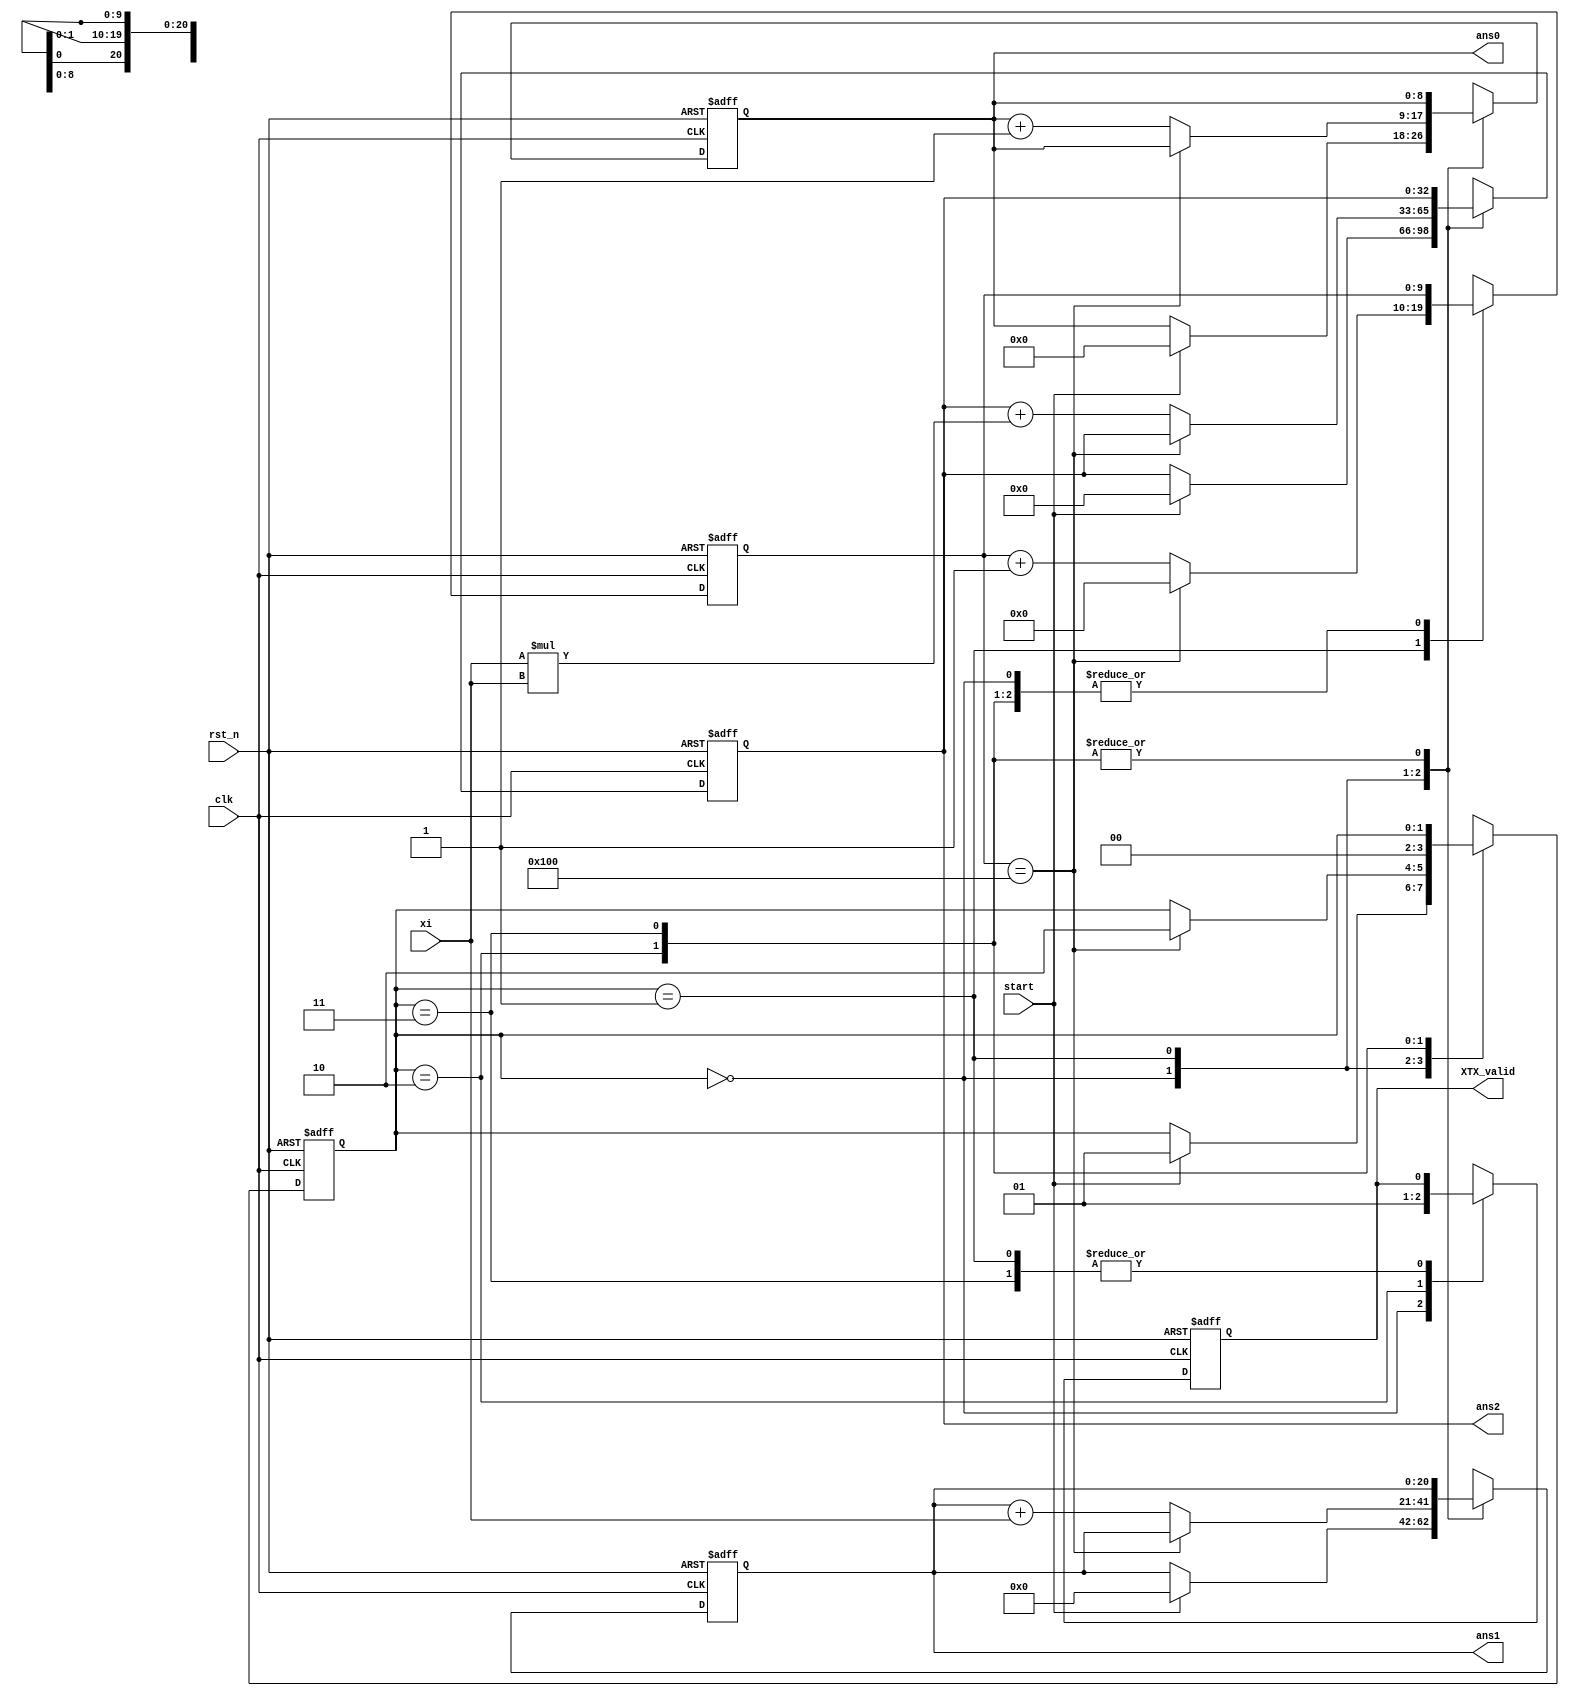
module XTX(
    input         clk,
    input         rst_n, 
    input         start,
    input  [11:0] xi, //8, 4
    output        XTX_valid, 
    output [8:0]  ans0, // 9, 0
    output [20:0] ans1, // 17, 4
    output [32:0] ans2  // 25, 8
    // output [43:0] ans3,
    // output [55:0] ans4
    // output reg [31:0] bx2,
    // output reg [31:0] bx3,
    // output reg [31:0] bx4
);
localparam N = 256;
localparam IDLE = 2'd0;
localparam IN = 2'd1;
localparam OUT = 2'd2;

// ================== reg and wire ======================
reg [8:0]  out0_r, out0_w; // 9, 0
reg [20:0] out1_r, out1_w; // 17, 4;
reg [32:0] out2_r, out2_w; // 25, 8;
reg [9:0]  count_r, count_w;
reg [1:0]  state_r, state_w;
reg        valid_r, valid_w;
// reg [12:0] out3_r, out3_w;
// reg [12:0] out4_r, out4_w;
// ================== wire assignments ==================
assign ans0 = out0_r;
assign ans1 = out1_r;
assign ans2 = out2_r;
assign XTX_valid = valid_r;
// assign ans3 = out3_r;
// assign ans4 = out4_r;
// ================== Combinational =====================
always @(*) begin
    //inx_w = i*i;
    //counter_w = counter_r+1;
    //if(counter_r > 0) begin
    out0_w = out0_r;
    out1_w = out1_r;
    out2_w = out2_r;
    state_w = state_r;
    count_w = count_r;
    valid_w = valid_r;
    case (state_r)
        IDLE: begin
            valid_w = 1'b0;
            if (start) begin
                state_w = IN;
                out0_w = 0;
                out1_w = 0;
                out2_w = 0;
            end
        end

        IN: begin
            if (count_r == N) begin
                state_w = OUT;
                count_w = 0;
            end
            else begin
                out0_w = out0_r + 1;
                out1_w = out1_r + xi;
                out2_w = out2_r + (xi * xi);
                count_w = count_r + 1'b1;
                // out3_w = out3_r+(xi*xi*xi); 
                // out4_w = out4_r+(xi*xi*xi*xi);  
            end
        end

        OUT: begin
            valid_w = 1'b1;
            state_w = IDLE;
        end
        2'd3: begin
            valid_w = valid_r;
            state_w = state_r;
        end
    endcase
end
// ================== Sequential ========================
always @(posedge clk or negedge rst_n) begin
    if(!rst_n) begin
        out0_r <= 0;
        out1_r <= 0;
        out2_r <= 0;
        count_r <= 0;
        state_r <= IDLE;
        valid_r <= 1'b0;
        // out3_r <= 0;
        // out4_r <= 0;

    end
    else begin
        out0_r <= out0_w;
        out1_r <= out1_w;
        out2_r <= out2_w;
        count_r <= count_w;
        state_r <= state_w;
        valid_r <= valid_w;
        // out3_r <= out3_w;
        // out4_r <= out4_w;
    end
end
endmodule

module XTY (
    input         clk,
    input         rst_n, 
    input         start,
    input  [11:0]  xi, // 8, 4
    // input  [16:0]  xi2,
    input  [11:0]  yi, // 8, 4
    output         XTY_valid, 
    output [32:0]  out1, // 25, 8
    output [32:0]  out2  // 25, 8
    // output [32:0]  out3
);

localparam N = 256;
localparam IDLE = 2'd0;
localparam IN = 2'd1;
localparam OUT = 2'd2;

// ================== reg and wire ======================
reg [32:0] out1_r, out1_w;
reg [32:0] out2_r, out2_w;
reg [9:0]  count_r, count_w;
reg [1:0]  state_r, state_w;
reg        valid_r, valid_w;
// reg [32:0] out3_r, out3_w;
// integer i;
// ================== wire assignments ==================
assign out1 = out1_r;
assign out2 = out2_r;
assign XTY_valid = valid_r;
// assign out3 = out3_r;
// ================== Combinational =====================
always @(*) begin
    out1_w = out1_r;
    out2_w = out2_r;
    count_w = count_r;
    state_w = state_r;
    valid_w = valid_r;
    case (state_r)
        IDLE: begin
            valid_w = 1'b0;
            if (start) begin
                state_w = IN;
                out1_w = 0;
                out2_w = 0;
            end
        end

        IN: begin
            if (count_r == N) begin
                state_w = OUT;
                count_w = 0;
            end
            else begin
                out1_w = out1_r + yi;
                out2_w = out2_r + (xi * yi);
                count_w = count_r + 1'b1;
                // out3_w = out3_r +(xi2*yi);
            end
        end

        OUT: begin
            valid_w = 1'b1;
            state_w = IDLE;
        end
        2'd3: begin
            valid_w = valid_r;
            state_w = state_r;
        end
    endcase
end
// ================== Sequential ========================
always @(posedge clk or negedge rst_n) begin
    if(!rst_n) begin
        out1_r <= 0;
        out2_r <= 0;
        count_r <= 0;
        state_r <= IDLE;
        valid_r <= 1'b0;
        // out3_r <= 0;
    end
    else begin
        out1_r <= out1_w;
        out2_r <= out2_w;
        count_r <= count_w;
        state_r <= state_w;
        valid_r <= valid_w;
        // out3_r <= out3_w;        
    end
end

endmodule


//sign+integer, fraction
module MAT_INV(
    input         clk,
    input         rst_n, 
    input         start,
    input [8:0]  sig0,//9, 0
    input [20:0] sig1,//17, 4
    input [32:0] sig2,//25, 8 
    output o_valid,
    output [31:0] out0,//22, 10
    output [19:0] out1,//12, 8
    output [20:0] out2//15, 6
    // output [5:0] p,
    //output signed [15:0] det,
    // output [2:0] counter,
    //output [41:0] dett
    // output signed[15:0] test
    //output sign
);
// ================== reg and wire ======================
integer i;
localparam S_IDLE = 2'd0;
localparam S_DET = 2'd1;
localparam S_INVMAT = 2'd2;
reg signed [41:0] det_r, det_w; //34 ,8
wire signed [15:0] det_f; //10, 6
reg [2:0] counter_r,counter_w;
reg [5:0] location_r, location_w;
reg signed[15:0] x0_r, x0_w; //10, 6
reg [1:0] state_r, state_w;
reg ctrl_r, ctrl_w;
reg [8:0] sig0_r, sig0_w; //9, 0
reg [20:0] sig1_r, sig1_w; //17, 4
reg [32:0] sig2_r, sig2_w; //25, 8
reg signed[48:0] out0_r, out0_w; //22, 10  //35,14
reg signed[36:0] out1_r, out1_w; //12, 8   //27,10
reg signed[24:0] out2_r, out2_w; //15, 6   //19,6
reg [31:0] temp1_w, temp1_r; //20,12
reg [47:0] temp2_w, temp2_r; //30,18
reg valid_w, valid_r;
reg sign_w, sign_r;
// ================== wire assignments ==================
assign out0 = out0_r[35:4];
assign out1 = out1_r[21:2];
assign out2 = out2_r[20:0];
assign test = x0_r;
assign p = location_r;
assign det_f = det_r[17:2];//10,6
//assign det = det_r[17:2];
assign o_valid = valid_r;
//assign dett = det_r;
assign counter = counter_r;
// assign sign = sign_r;
// ================== Combinational =====================
always @(*) begin
    location_w = location_r;
    x0_w = x0_r;
    sig0_w = sig0_r;
    sig1_w = sig1_r;
    sig2_w = sig2_r;
    ctrl_w = ctrl_r;
    sign_w = sign_r;
    valid_w = valid_r;
    out0_w = out0_r;
    out1_w = out1_r;
    out2_w = out2_r;
    temp1_w = temp1_r;
    temp2_w = temp2_r;
    counter_w = counter_r;
    state_w = state_r;
    det_w = det_r;
    case (state_r)
        S_IDLE: begin
            valid_w = 1'b0;
            if (start) begin
                state_w = S_DET;
                out0_w = 0;
                out1_w = 0;
                out2_w = 0;
                ctrl_w = 0;
            end
        end
        S_DET: begin
            if(counter_r == 4'd0) begin
                sig0_w = sig0;
                sig1_w = sig1;
                sig2_w = sig2;
                det_w = (sig0 * sig2) - (sig1 * sig1);
                state_w = S_DET;
                counter_w = counter_r + 1;
            end
            else if(counter_r == 4'd1) begin
                det_w = det_r;
                state_w = S_DET;
                x0_w = 16'd1;
                if(det_r[41] == 1) begin
                    det_w = ~det_r +1'b1;
                    sign_w = 1;
                    counter_w = counter_r;
                end
                else begin
                    casex (det_r) //34,8
                        42'b01xxxxxxxxxxxxxxxxxxxxxxxxxxxxxxxxxxxxxxxx: begin location_w = 6'd33; end
                        42'b001xxxxxxxxxxxxxxxxxxxxxxxxxxxxxxxxxxxxxxx: begin location_w = 6'd32; end
                        42'b0001xxxxxxxxxxxxxxxxxxxxxxxxxxxxxxxxxxxxxx: begin location_w = 6'd31; end
                        42'b00001xxxxxxxxxxxxxxxxxxxxxxxxxxxxxxxxxxxxx: begin location_w = 6'd30; end
                        42'b000001xxxxxxxxxxxxxxxxxxxxxxxxxxxxxxxxxxxx: begin location_w = 6'd29; end
                        42'b0000001xxxxxxxxxxxxxxxxxxxxxxxxxxxxxxxxxxx: begin location_w = 6'd28; end
                        42'b00000001xxxxxxxxxxxxxxxxxxxxxxxxxxxxxxxxxx: begin location_w = 6'd27; end
                        42'b000000001xxxxxxxxxxxxxxxxxxxxxxxxxxxxxxxxx: begin location_w = 6'd26; end
                        42'b0000000001xxxxxxxxxxxxxxxxxxxxxxxxxxxxxxxx: begin location_w = 6'd25; end
                        42'b00000000001xxxxxxxxxxxxxxxxxxxxxxxxxxxxxxx: begin location_w = 6'd24; end
                        42'b000000000001xxxxxxxxxxxxxxxxxxxxxxxxxxxxxx: begin location_w = 6'd23; end
                        42'b0000000000001xxxxxxxxxxxxxxxxxxxxxxxxxxxxx: begin location_w = 6'd22; end
                        42'b00000000000001xxxxxxxxxxxxxxxxxxxxxxxxxxxx: begin location_w = 6'd21; end
                        42'b000000000000001xxxxxxxxxxxxxxxxxxxxxxxxxxx: begin location_w = 6'd20; end
                        42'b0000000000000001xxxxxxxxxxxxxxxxxxxxxxxxxx: begin location_w = 6'd19; end
                        42'b00000000000000001xxxxxxxxxxxxxxxxxxxxxxxxx: begin location_w = 6'd18; end
                        42'b000000000000000001xxxxxxxxxxxxxxxxxxxxxxxx: begin location_w = 6'd17; end
                        42'b0000000000000000001xxxxxxxxxxxxxxxxxxxxxxx: begin location_w = 6'd16; end
                        42'b00000000000000000001xxxxxxxxxxxxxxxxxxxxxx: begin location_w = 6'd15; end
                        42'b000000000000000000001xxxxxxxxxxxxxxxxxxxxx: begin location_w = 6'd14; end
                        42'b0000000000000000000001xxxxxxxxxxxxxxxxxxxx: begin location_w = 6'd13; end
                        42'b00000000000000000000001xxxxxxxxxxxxxxxxxxx: begin location_w = 6'd12; end
                        42'b000000000000000000000001xxxxxxxxxxxxxxxxxx: begin location_w = 6'd11; end
                        42'b0000000000000000000000001xxxxxxxxxxxxxxxxx: begin location_w = 6'd10; end
                        42'b00000000000000000000000001xxxxxxxxxxxxxxxx: begin location_w = 6'd9; end
                        42'b000000000000000000000000001xxxxxxxxxxxxxxx: begin location_w = 6'd8; end
                        42'b0000000000000000000000000001xxxxxxxxxxxxxx: begin location_w = 6'd7; end
                        42'b00000000000000000000000000001xxxxxxxxxxxxx: begin location_w = 6'd6; end
                        42'b000000000000000000000000000001xxxxxxxxxxxx: begin location_w = 6'd5; end
                        42'b0000000000000000000000000000001xxxxxxxxxxx: begin location_w = 6'd4; end
                        42'b00000000000000000000000000000001xxxxxxxxxx: begin location_w = 6'd3; end
                        42'b000000000000000000000000000000001xxxxxxxxx: begin location_w = 6'd2; end
                        42'b0000000000000000000000000000000001xxxxxxxx: begin location_w = 6'd1; end
                        // 42'b00000000000000000000000000000000001xxxxxxx: begin location_w = 8; end
                        // 42'b000000000000000000000000000000000001xxxxxx: begin location_w = 7; end
                        // 42'b0000000000000000000000000000000000001xxxxx: begin location_w = 6; end
                        // 42'b00000000000000000000000000000000000001xxxx: begin location_w = 5; end
                        // 42'b000000000000000000000000000000000000001xxx: begin location_w = 4; end
                        // 42'b0000000000000000000000000000000000000001xx: begin location_w = 3; end
                        // 42'b00000000000000000000000000000000000000001x: begin location_w = 2; end
                        // 42'b000000000000000000000000000000000000000001: begin location_w = 1; end
                    endcase
                    counter_w = counter_r+1;
                end
            end
            else if(counter_r == 4'd2) begin
                det_w = det_r;
                state_w = S_DET;
                counter_w = counter_r + 1;
                x0_w = (16'b0000000010000000 << location_r) - det_f;
                //x0_w = (16'b0000000000000010 << location_r) - det_f;
            end
            else if(counter_r == 4'd3) begin
                counter_w = counter_r + 1;
                temp1_w = (16'b0000000010000000 << location_r)*x0_r;
                //temp1_w = (16'b0000000000000010 << location_r)*x0_r;
                temp2_w = (det_f*(x0_r*x0_r) >> location_r);
                x0_w = x0_r;
            end
            else if(counter_r == 4'd4) begin
                counter_w = counter_r + 1;
                x0_w = temp1_r[21:6] - temp2_r[27:12];
            end
            else begin
                counter_w = 0;
                x0_w = x0_r >> (3 * location_r);
                state_w = S_INVMAT;
            end
        end
        S_INVMAT: begin
            state_w = S_IDLE;
            valid_w = 1;
            if(sign_r == 0) begin
                out0_w = x0_r*sig2_r;
                out1_w = x0_r*(~sig1_r+1'b1);
                out2_w = x0_r*sig0_r; 
            end
            else begin
                out0_w = x0_r*(~sig2_r+1'b1);
                out1_w = x0_r*sig1_r;
                out2_w = x0_r*(~sig0_r+1'b1); 
            end
        end 
    endcase
end
// ================== Sequential ========================
always @(posedge clk or negedge rst_n) begin
    if(!rst_n) begin
        det_r <= 0;
        counter_r <= 0;
        state_r <= S_IDLE;
        sig0_r <= 0;
        sig1_r <= 0;
        sig2_r <= 0;
        out0_r <= 0;
        out1_r <= 0;
        out2_r <= 0;
        x0_r <= 0;
        location_r <= 0;
        ctrl_r <= 0;
        temp1_r <= 0;
        temp2_r <= 0;
        valid_r <= 0;
        sign_r <= 0;
    end
    else begin
        det_r <= det_w;
        counter_r <= counter_w;
        state_r <= state_w;
        sig0_r <= sig0_w;
        sig1_r <= sig1_w;
        sig2_r <= sig2_w;
        out0_r <= out0_w;
        out1_r <= out1_w;
        out2_r <= out2_w;
        x0_r <= x0_w;
        temp1_r <= temp1_w;
        temp2_r <= temp2_w;
        location_r <= location_w;
        ctrl_r <= ctrl_w;
        valid_r <= valid_w;
        sign_r <= sign_w;
    end
end

endmodule